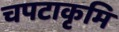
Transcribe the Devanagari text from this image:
चपटाकृमि